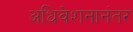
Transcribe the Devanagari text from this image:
अधिवेशनानंतर